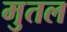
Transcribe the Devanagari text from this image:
मुतल